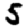
Digit: 5